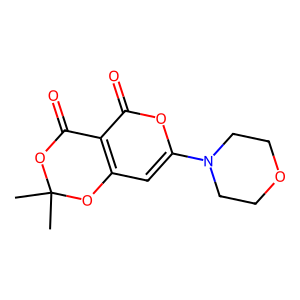
SMILES: CC1(C)OC(=O)c2c(cc(N3CCOCC3)oc2=O)O1
Inhibits HIV replication: No